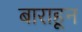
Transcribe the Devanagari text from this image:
बाराहून